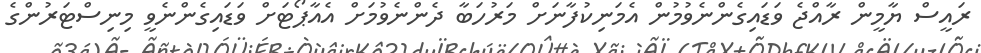
ރައީސް ޔާމީން ރާއްޖެ ވަޑައިގެންނެވުމުން އެމަނިކުފާނަށް މަރުހަބާ ދެންނެވުމަށް އެއާޕޯޓަށް ވަޑައިގެންނެވީ މިނިސްޓަރުންގެ